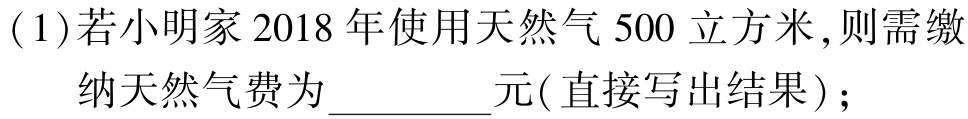
(1)若小明家2018年使用天然气$500$立方米,则需缴纳天然气费为_________元( 直接写出结果 )；